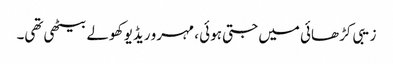
زیبی کڑھائی میں جتی ہوئی ، مہرو ریڈیو کھولے بیٹھی تھی۔